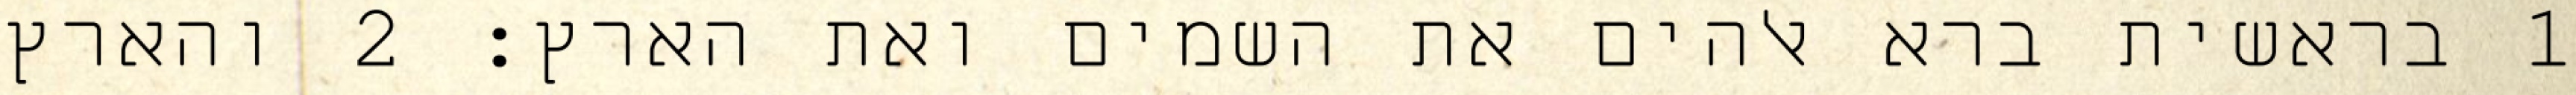
1 בראשית ברא אלהים את השמים ואת הארץ׃ ‎2‏ והארץ